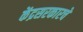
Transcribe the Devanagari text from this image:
केंद्रसरकारचे